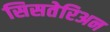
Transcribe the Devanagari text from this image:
सिसतेरिअन